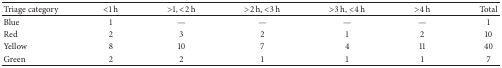
| Triage category | <1 h | >1, <2 h | >2 h, <3 h | >3 h, <4 h | >4 h | Total |
 | --- | --- | --- | --- | --- | --- | --- |
 | Blue | 1 | — | — | — | — | 1 |
 | Red | 2 | 3 | 2 | 1 | 2 | 10 |
 | Yellow | 8 | 10 | 7 | 4 | 11 | 40 |
 | Green | 2 | 2 | 1 | 1 | 1 | 7 |